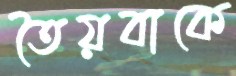
তৈয়বাকে